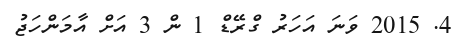
4. 2015 ވަނަ އަހަރު ގްރޭޑް 1 ން 3 އަށް އާމަންހަޖު